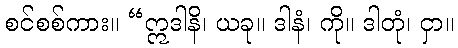
စင်စစ်ကား။ “ဣဒါနိ၊ ယခု။ ဒါနံ၊ ကို။ ဒါတုံ၊ ငှာ။